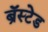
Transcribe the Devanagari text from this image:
ब्रॅस्टेड